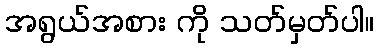
အရွယ်အစား ကို သတ်မှတ်ပါ။